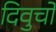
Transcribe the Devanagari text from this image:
दिवुचो